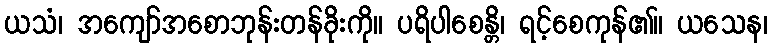
ယသံ၊ အကျော်အစောဘုန်းတန်ခိုးကို။ ပရိပါစေန္တိ၊ ရင့်စေကုန်၏။ ယသေန၊